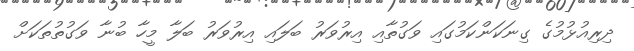
ދިރިއުޅުމުގެ ގިނަކަންކަމުގައި ވަގުތާއި އިރުވަރު ބަލައި އިރުވަރު ބަލާ މީހާ ބުނާ ވަގުތުތަކަށް